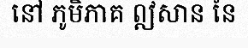
នៅ ភូមិភាគ ឦសាន នៃ